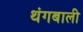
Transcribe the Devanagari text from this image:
थंगबाली